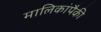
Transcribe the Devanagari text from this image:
मालिकांपैकी